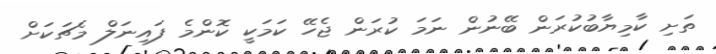
ތަށި ކާމިޔާބުކުރަން ބޭނުން ނަމަ ކުރަން ޖެހޭ ކަމަކީ ކޮންމެ ފައިނަލް މެޗަކަށް